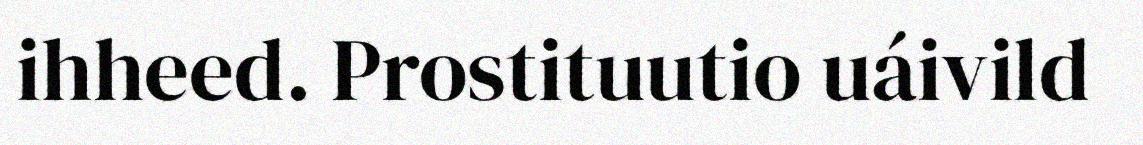
ihheed. Prostituutio uáivild